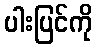
ပါးပြင်ကို